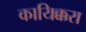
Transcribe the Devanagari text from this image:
कायिक्करा